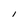
Character: I